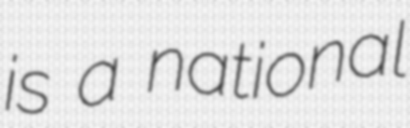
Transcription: is a national